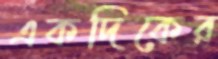
একদিকের